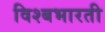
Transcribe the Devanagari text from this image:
विश्बभारती